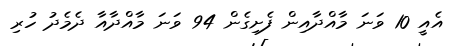
އެއީ 10 ވަނަ މާއްދާއިން ފެށިގެން 94 ވަނަ މާއްދާއާ ދެމެދު ހުރި